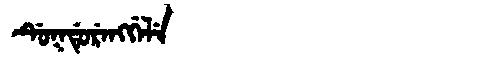
Manchu: ᡩᡠᡴᡩᡠᡵᡝᠩᡤᡝᠯᡝ
Romanization: DUKDURENGGELE